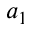
a _ { 1 }